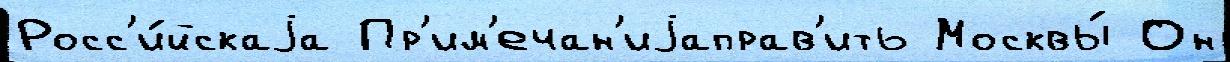
Росс'и́йскаjа Пр'им'ечан'иjаправ'ить Москвы́ Он